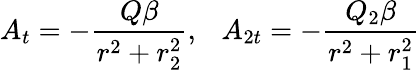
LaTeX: A_{t}=-\frac{Q\beta}{r^{2}+r_{2}^{2}},~~~A_{2t}=-\frac{Q_{2}\beta}{r^{2}+r_{1}^{2}}